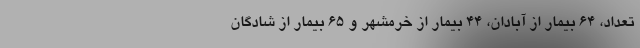
تعداد، ۶۴ بیمار از آبادان، ۴۴ بیمار از خرمشهر و ۶۵ بیمار از شادگان